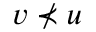
v \not \prec u